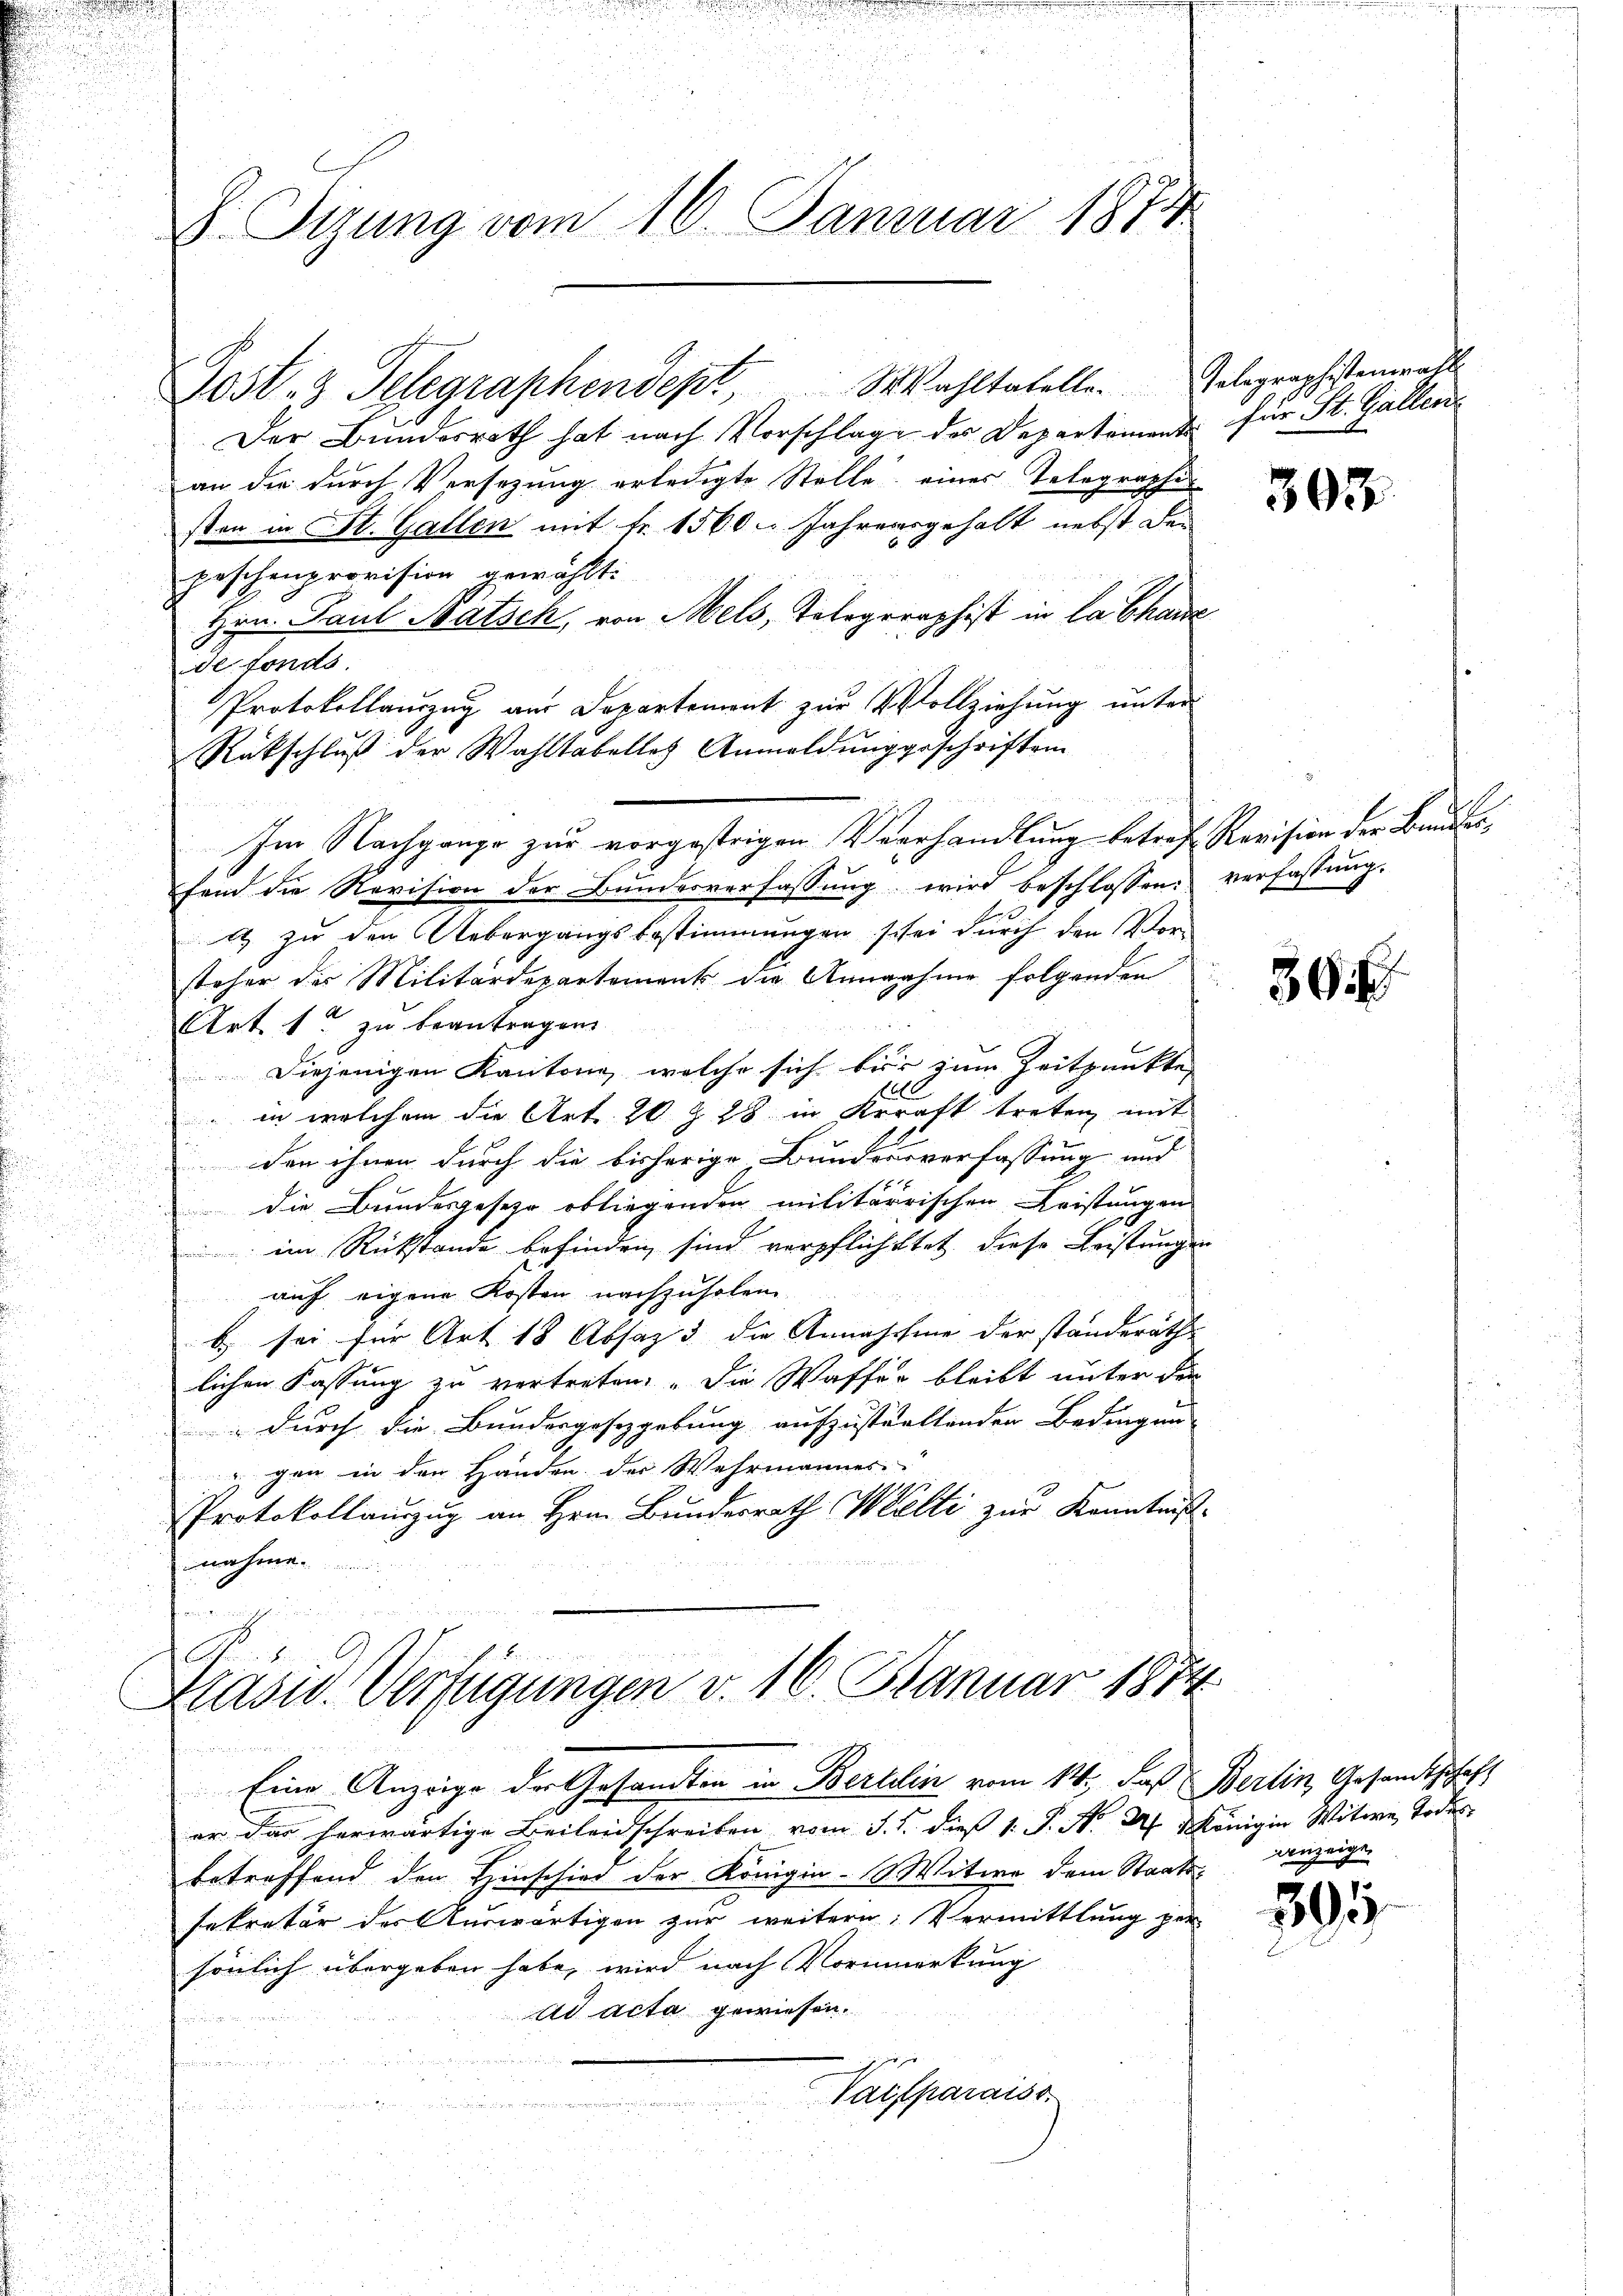
S. Tizung vom 16. Januar 1874.

Jost 3 Telegraphendept Wahltatelle. Gelegraphistenerall
Der Bundesrath hat nach Vorschlage des Departement für St. Gallen
an die durch Versezung erledigte Stelle eines Telegraphis
sten in St. Gallen mit fr. 1560. Jahrensgehalt nebst den
6
peschenprovision gewählt:
Hrn. Paul Natsch, von Mels, Telegraphist in la chanz
de fonds.
Protokollauszug aus Departement zur Vollziehung unter
Rückschluß der Wahltabelles Anmeldung geschriften
Im Nachgange zur vorgestrigen Verhandlung betref Revision der Bundesfand die Revision der Bŭndesverfassŭng wird beschlossen: Verfassŭng.
1 zu den Uebergangsbestimmungen schei durch den Vorsteher der Militärdepartement die Annahme folgenden
Art. 1 zu beantragen
Diejenigen Kantone, welche sich bis zum Zeitpunkte |
in welchem die Art. 20 Z 28 in Kraft treten mit
den ihnen durch die bisherige Bundesverfassung und
die Bundesgesehr obliegenden militärrischen Leistungen
im Rückstände befinden sind verpflichttet, diese Leistungen
auf eigene Kosten nachzuholen
b. sei für Art 18 Absatz 3 die Annahme der standeräth
lichen Fassung zu vertreten. Die Waffer bleibt unter den
 durch die Bundesgesetzgebung aufzustaltenden Bedingung
gen in den Händen der Wehrmannes
Protokollauszug an Hrn. Bundesrath Welti zur Kenntniß
nahme
E

Kasw. Verfügungen v. 16. Januar 1874

Eine Anzeige der Gesandten in Berlin vom 14. das Berlin, Gesandtschaft

er das herwärtige Beileidschreiben vom J. J. dieß 1 S. Nr. 2. Königin Witwe Todesbetreffend den Hinschied der Königia- Witwe dem Staats-
sekretär des Auswärtigen zur weitern, Vermittlung per
sönlich übergeben habe, wird nach Vornmerkung
ad acta gewiesen.

n
Vaifparaiss

der an die

397

36

Anzeigen

195